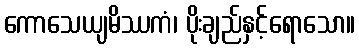
ကောသေယျမိဿကံ၊ ပိုးချည်နှင့်ရောသော။